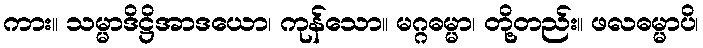
ကား။ သမ္မာဒိဋ္ဌိအာဒယော၊ ကုန်သော။ မဂ္ဂဓမ္မာ၊ တို့တည်း။ ဖလဓမ္မာပိ၊